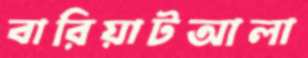
বারিয়াটআলা